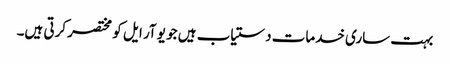
بہت ساری خدمات دستیاب ہیں جو یو آر ایل کو مختصر کرتی ہیں۔